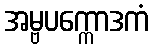
အမ္ဗပက္ကောဒကံ